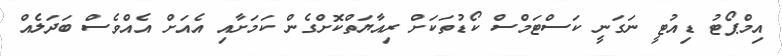
އިމްޕޯޓު ޑިއުޓީ ނަގަނީ ކަސްޓަމްސް ކޯޑުތަކަށް ރިއާޔަތްކޮށްގެން ކަމަށާއި އެއަށް އެއްވެސް ބަދަލެއް